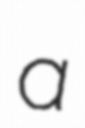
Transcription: a